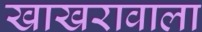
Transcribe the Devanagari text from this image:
खाखरावाला